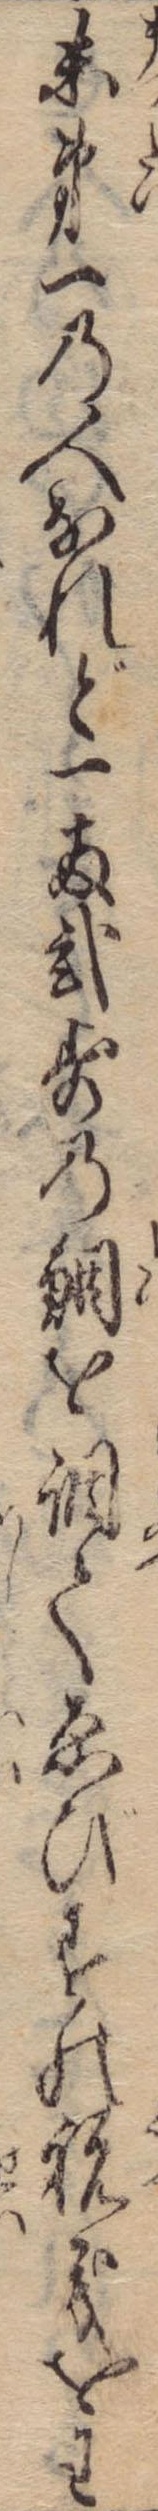
末第一の人なれど一両弐歩の鯛を調てゑびすの祝義をわ